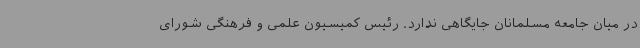
در میان جامعه مسلمانان جایگاهی ندارد. رئیس کمیسیون علمی و فرهنگی شورای